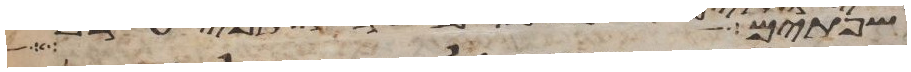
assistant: וששים אלף ושלש